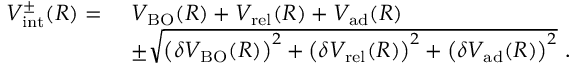
\begin{array} { r l } { V _ { \mathrm { i n t } } ^ { \pm } ( R ) = \ } & { V _ { \mathrm { B O } } ( R ) + V _ { \mathrm { r e l } } ( R ) + V _ { \mathrm { a d } } ( R ) } \\ & { \pm \sqrt { \left( \delta V _ { \mathrm { B O } } ( R ) \right) ^ { 2 } + \left( \delta V _ { \mathrm { r e l } } ( R ) \right) ^ { 2 } + \left( \delta V _ { \mathrm { a d } } ( R ) \right) ^ { 2 } } \ . } \end{array}